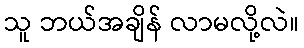
သူ ဘယ်အချိန် လာမလို့လဲ။